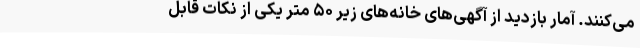
می‌کنند. آمار بازدید از آگهی‌های خانه‌های زیر ۵۰ متر یکی از نکات قابل